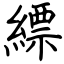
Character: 縹